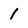
Character: 1